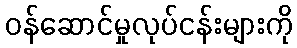
ဝန်ဆောင်မှုလုပ်ငန်းများကို